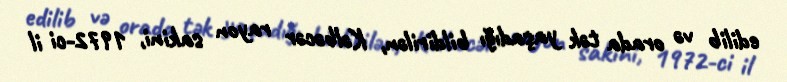
edilib və orada tək yaşadığı bildirilən, Kəlbəcər rayon sakini, 1972-ci il